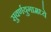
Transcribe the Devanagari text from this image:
सुवर्णयुगामध्ये